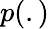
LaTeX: p(.)